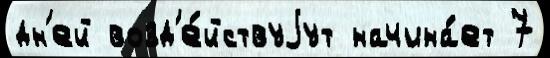
дн'ей возд'е́йствуjут начина́ет 7